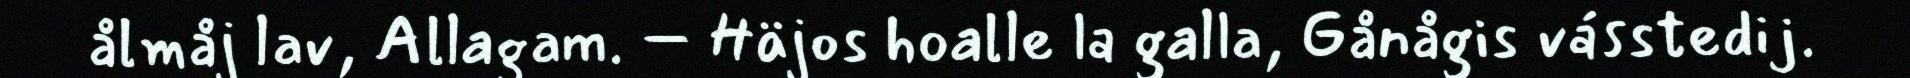
ålmåj lav, Allagam. – Häjos hoalle la galla, Gånågis vásstedij.